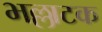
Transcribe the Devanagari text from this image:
भल्लाटक